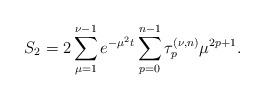
LaTeX: \begin{align*}S_2=2\sum\limits_{\mu=1}^{\nu-1}e^{-\mu^{2}t}\sum\limits_{p=0}^{n-1}\tau _{p}^{(\nu ,n)}\mu^{2p+1}.\end{align*}